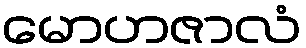
မောဟဇာလံ